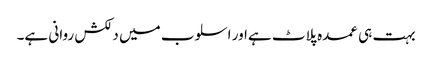
بہت ہی عمدہ پلاٹ ہےاور اسلوب میں دلکش روانی ہے۔